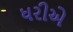
ધરીએ